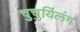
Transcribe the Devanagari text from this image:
चुचुयिंलंग